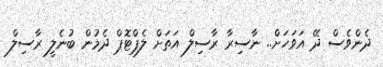
ދެންވެސް ދޭ އަވަހަށް.. ނާސިރާ ރާސިލް އަތަށް ލެޕްޓޮޕް ދެމުން ބުނެލީ ރާސިލް